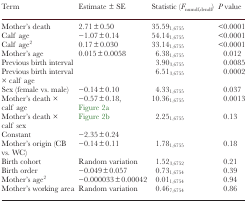
<table><thead><tr><td><b>Term</b></td><td><b>Estimate ± SE</b></td><td><b>Statistic (<i>F</i><sub>numdf,dendf</sub>)</b></td><td><b><i>P</i> value</b></td></tr></thead><tbody><tr><td>Mother’s death</td><td>2.71±0.50</td><td>35.59<sub>1,6755</sub></td><td>&lt;0.0001</td></tr><tr><td>Calf age</td><td>−1.07±0.14</td><td>54.14<sub>1,6755</sub></td><td>&lt;0.0001</td></tr><tr><td>Calf age<sup>2</sup></td><td>0.17±0.030</td><td>33.14<sub>1,6755</sub></td><td>&lt;0.0001</td></tr><tr><td>Mother’s age</td><td>0.015±0.0058</td><td>6.38<sub>1,6755</sub></td><td>0.012</td></tr><tr><td>Previous birth interval</td><td></td><td>3.90<sub>3,6755</sub></td><td>0.0085</td></tr><tr><td>Previous birth interval × calf age</td><td></td><td>6.51<sub>3,6755</sub></td><td>0.0002</td></tr><tr><td>Sex (female vs. male)</td><td>−0.14±0.10</td><td>4.33<sub>1,6755</sub></td><td>0.037</td></tr><tr><td>Mother’s death × calf age</td><td>−0.57±0.18, Figure 2a</td><td>10.36<sub>1,6755</sub></td><td>0.0013</td></tr><tr><td>Mother’s death × calf sex</td><td>Figure 2b</td><td>2.25<sub>1,6755</sub></td><td>0.13</td></tr><tr><td>Constant</td><td>−2.35±0.24</td><td></td><td></td></tr><tr><td>Mother’s origin (CB vs. WC)</td><td>−0.14±0.11</td><td>1.78<sub>1,6755</sub></td><td>0.18</td></tr><tr><td>Birth cohort</td><td>Random variation</td><td>1.52<sub>3,6752</sub></td><td>0.21</td></tr><tr><td>Birth order</td><td>−0.049±0.057</td><td>0.73<sub>1,6754</sub></td><td>0.39</td></tr><tr><td>Mother’s age<sup>2</sup></td><td>−0.000033±0.00042</td><td>0.01<sub>1,6754</sub></td><td>0.94</td></tr><tr><td>Mother’s working area</td><td>Random variation</td><td>0.46<sub>7,6754</sub></td><td>0.86</td></tr></tbody></table>